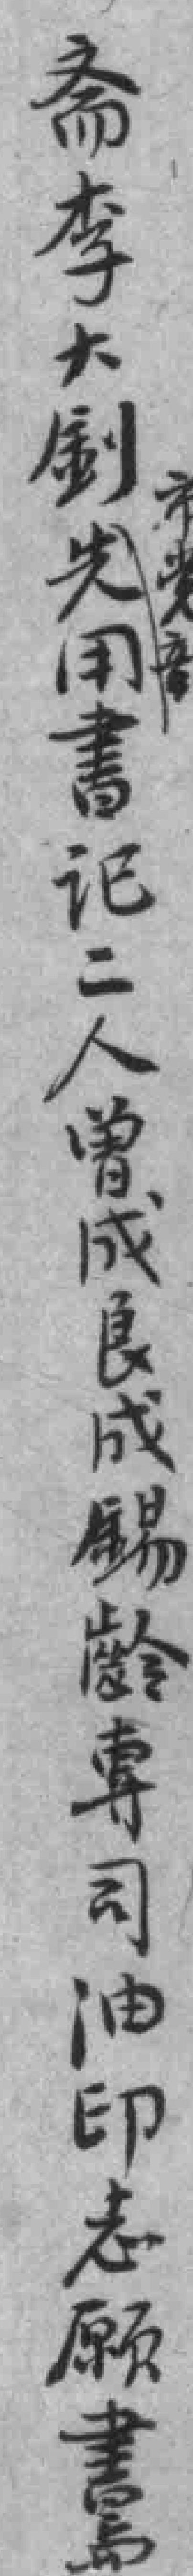
斋李大釗先用書记二人曾成良成錫龄專司油印志願書与